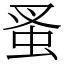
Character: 蚤